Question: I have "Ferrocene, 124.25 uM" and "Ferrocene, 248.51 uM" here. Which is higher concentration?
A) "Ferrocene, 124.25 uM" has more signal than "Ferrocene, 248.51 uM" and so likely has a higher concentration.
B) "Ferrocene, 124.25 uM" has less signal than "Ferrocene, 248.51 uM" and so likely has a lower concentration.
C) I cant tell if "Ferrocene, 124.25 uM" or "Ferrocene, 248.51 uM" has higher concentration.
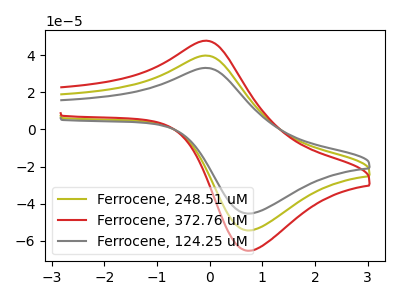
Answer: <think>The olive curve "Ferrocene, 248.51 uM" has an anodic peak at (-0.10V, 39.75uA) and a cathodic peak at (0.75V, -54.35uA). The red curve "Ferrocene, 372.76 uM" has an anodic peak at (-0.10V, 79.45uA) and a cathodic peak at (0.75V, -108.70uA). The gray curve "Ferrocene, 124.25 uM" has an anodic peak at (-0.10V, 33.10uA) and a cathodic peak at (0.75V, -45.25uA).
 All the peaks in "Ferrocene, 124.25 uM" have a peak in "Ferrocene, 248.51 uM" at the same potential. Every peak in "Ferrocene, 124.25 uM" is lower than every peak in "Ferrocene, 248.51 uM".</think>
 <answer>B) "Ferrocene, 124.25 uM" has less signal than "Ferrocene, 248.51 uM" and so likely has a lower concentration.</answer>
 <eval>B</eval>